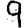
Digit: 9